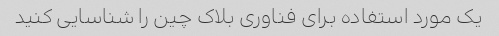
یک مورد استفاده برای فناوری بلاک چین را شناسایی کنید